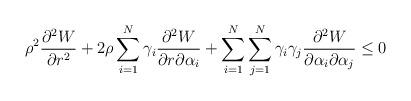
LaTeX: \begin{align*} &\rho^{2}\frac{\partial^{2}W}{\partial r^{2}}+2\rho\sum\limits_{i=1}^{N}\gamma_{i}\frac{\partial^{2}W}{\partial r\partial\alpha_{i}}+\sum\limits_{i=1}^{N}\sum\limits_{j=1}^{N}\gamma_{i}\gamma_{j}\frac{\partial^{2}W}{\partial\alpha_{i}\partial\alpha_{j}}\leq 0 \end{align*}